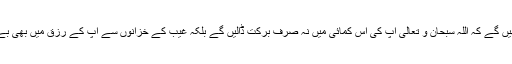
یہ عمل کرنے سے آپ دیکھیں گے کہ اللہ سبحان و تعالیٰ آپ کی اس کمائی میں نہ صرف برکت ڈالیں گے بلکہ غیب کے خزانوں سے آپ کے رزق میں بھی بے تحاشہ اضافہ فرمائیں گے۔